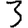
Digit: 3